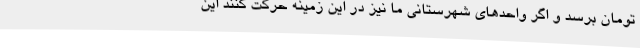
تومان برسد و اگر واحدهای شهرستانی ما نیز در این زمینه حرکت کنند این